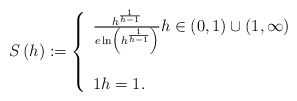
\begin{align*}S\left( h\right) :=\left\{ \begin{array}{l}\frac{h^{\frac{1}{h-1}}}{e\ln \left( h^{\frac{1}{h-1}}\right) }h\in \left( 0,1\right) \cup \left( 1,\infty \right) \\ \\ 1h=1.\end{array}\right. \end{align*}